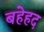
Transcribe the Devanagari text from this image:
बहेहद